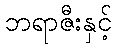
ဘရာဇီးနှင့်